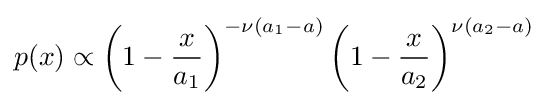
p(x)\propto \left(1-{\frac {x}{a_{1}}}\right)^{-\nu (a_{1}-a)}\left(1-{\frac {x}{a_{2}}}\right)^{\nu (a_{2}-a)}